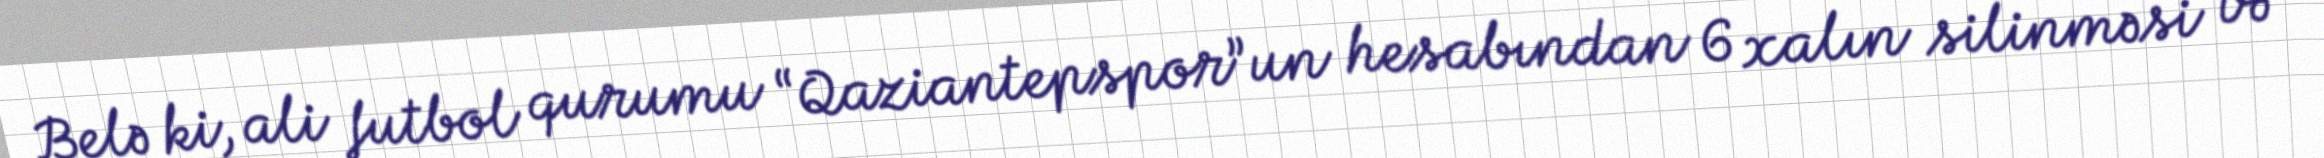
Belə ki, ali futbol qurumu “Qaziantepspor”un hesabından 6 xalın silinməsi və